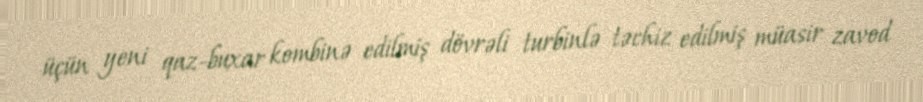
üçün yeni qaz-buxar kombinə edilmiş dövrəli turbinlə təchiz edilmiş müasir zavod